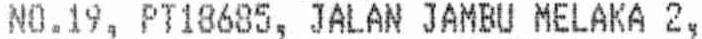
NO.19, PT18685, JALAN JAMBU MELAKA 2,